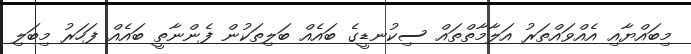
މިބައްޔާއި އެއްވައްތަރު އަލާމާތްތައް ސިކުނޑީގެ ބައެއް ބަލިތަކުން ފެންނާތީ ބައެއް ފަހަރު މިބަލި